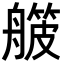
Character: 𬜛